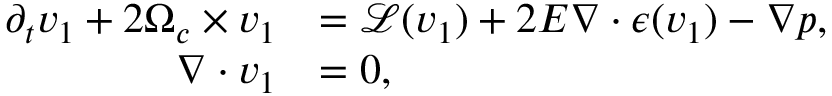
\begin{array} { r l } { \partial _ { t } \boldsymbol { v } _ { 1 } + 2 \boldsymbol { \Omega } _ { c } \times \boldsymbol { v } _ { 1 } } & { = \boldsymbol { \mathcal { L } } ( \boldsymbol { v } _ { 1 } ) + 2 E \nabla \boldsymbol { \cdot } \boldsymbol { \epsilon } ( \boldsymbol { v } _ { 1 } ) - \nabla p , } \\ { \nabla \boldsymbol { \cdot } \boldsymbol { v } _ { 1 } } & { = 0 , } \end{array}